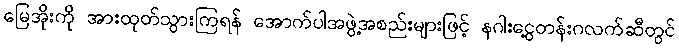
မြေအိုးကို အားထုတ်သွားကြရန် အောက်ပါအဖွဲ့အစည်းများဖြင့် နဂါးငွေ့တန်းဂလက်ဆီတွင်